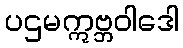
ပဌမဣဗ္ဘဝါဒေါ